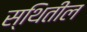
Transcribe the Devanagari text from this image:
स्थितील